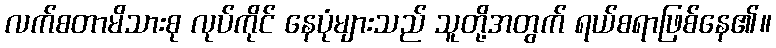
လက်စတာမိသားစု လုပ်ကိုင် နေပုံများသည် သူတို့အတွက် ရယ်စရာဖြစ်နေ၏။